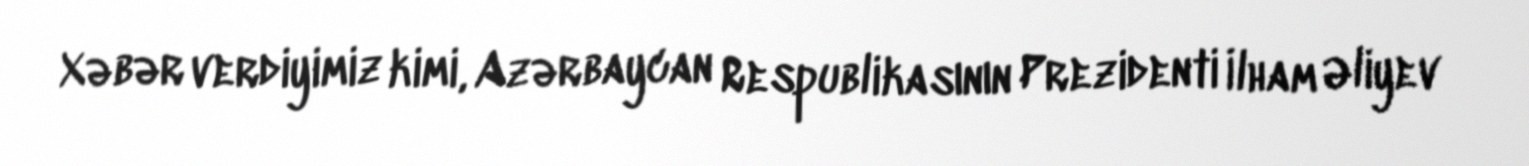
Xəbər verdiyimiz kimi, Azərbaycan Respublikasının Prezidenti İlham Əliyev